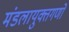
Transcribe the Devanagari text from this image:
मंडलायुक्तगणों